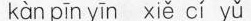
kàn pīn yīn xiě cí yi